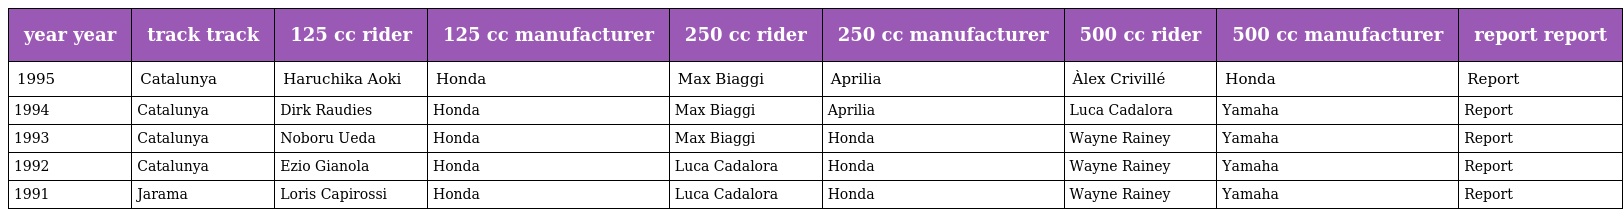
| year year | track track | 125 cc rider | 125 cc manufacturer | 250 cc rider | 250 cc manufacturer | 500 cc rider | 500 cc manufacturer | report report |
 | --- | --- | --- | --- | --- | --- | --- | --- | --- |
 | 1995 | Catalunya | Haruchika Aoki | Honda | Max Biaggi | Aprilia | Àlex Crivillé | Honda | Report |
 | 1994 | Catalunya | Dirk Raudies | Honda | Max Biaggi | Aprilia | Luca Cadalora | Yamaha | Report |
 | 1993 | Catalunya | Noboru Ueda | Honda | Max Biaggi | Honda | Wayne Rainey | Yamaha | Report |
 | 1992 | Catalunya | Ezio Gianola | Honda | Luca Cadalora | Honda | Wayne Rainey | Yamaha | Report |
 | 1991 | Jarama | Loris Capirossi | Honda | Luca Cadalora | Honda | Wayne Rainey | Yamaha | Report |